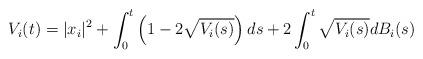
LaTeX: \begin{align*}V_i(t)=|x_i|^2 + \int_0^t \left( 1-2\sqrt{V_i(s)}\right)ds + 2\int_0^t \sqrt{V_i(s)}dB_i(s)\end{align*}